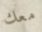
معك